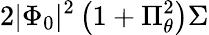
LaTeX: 2|\Phi_{0}|^{2}\left(1+\Pi_{\theta}^{2}\right)\Sigma